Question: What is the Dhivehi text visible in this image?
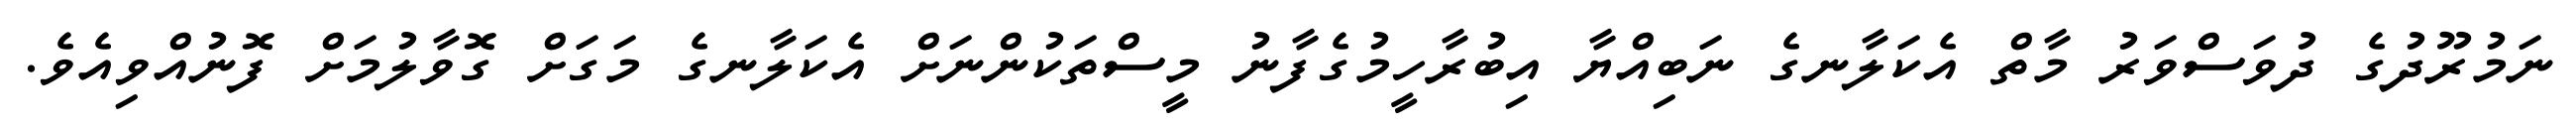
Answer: ނަމުރޫދުގެ ދުވަސްވަރު މާތް އެކަލާނގެ ނަބިއްޔާ އިބުރާހީމުގެފާނު މީސްތަކުންނަށް އެކަލާނގެ މަގަށް ގޮވާލުމަށް ފޮނުއްވިއެވެ.